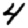
Digit: 4